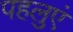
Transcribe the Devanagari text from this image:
पहलुएं